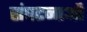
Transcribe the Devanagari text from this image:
संघटनाओं